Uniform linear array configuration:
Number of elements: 48
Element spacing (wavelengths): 0.25
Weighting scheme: hann
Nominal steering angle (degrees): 0
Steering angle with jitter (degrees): -0.9808
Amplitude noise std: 0.05
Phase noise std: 0.05

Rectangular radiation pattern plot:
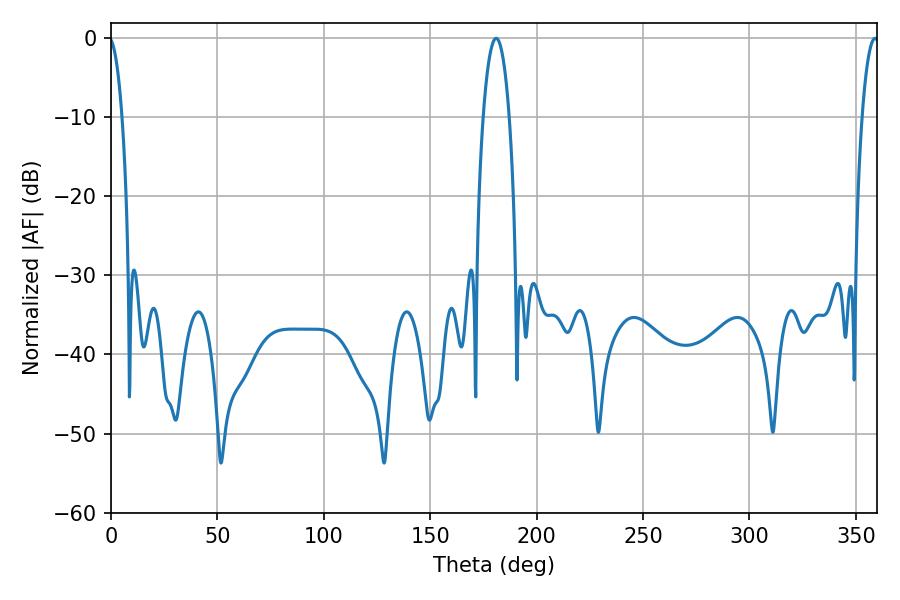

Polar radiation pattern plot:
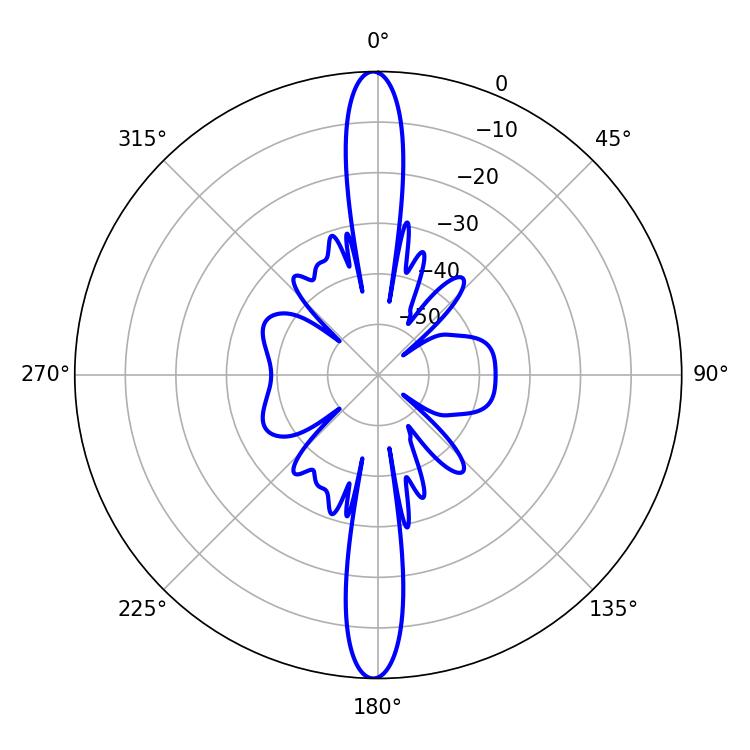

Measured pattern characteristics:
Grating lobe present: FALSE
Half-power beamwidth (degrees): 6.84
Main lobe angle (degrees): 180.9